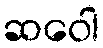
ဆဝေါ